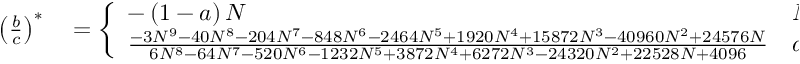
\begin{array} { r l } { \left( \frac { b } { c } \right) ^ { \ast } } & { { } = \left\{ \begin{array} { l l } { - \left( 1 - a \right) N } & { N \rightarrow \infty , } \\ { \frac { - 3 N ^ { 9 } - 4 0 N ^ { 8 } - 2 0 4 N ^ { 7 } - 8 4 8 N ^ { 6 } - 2 4 6 4 N ^ { 5 } + 1 9 2 0 N ^ { 4 } + 1 5 8 7 2 N ^ { 3 } - 4 0 9 6 0 N ^ { 2 } + 2 4 5 7 6 N } { 6 N ^ { 8 } - 6 4 N ^ { 7 } - 5 2 0 N ^ { 6 } - 1 2 3 2 N ^ { 5 } + 3 8 7 2 N ^ { 4 } + 6 2 7 2 N ^ { 3 } - 2 4 3 2 0 N ^ { 2 } + 2 2 5 2 8 N + 4 0 9 6 } } & { a = \frac { 1 } { 2 } . } \end{array} \right. } \end{array}